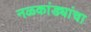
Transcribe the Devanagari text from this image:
नळकांड्यांचा